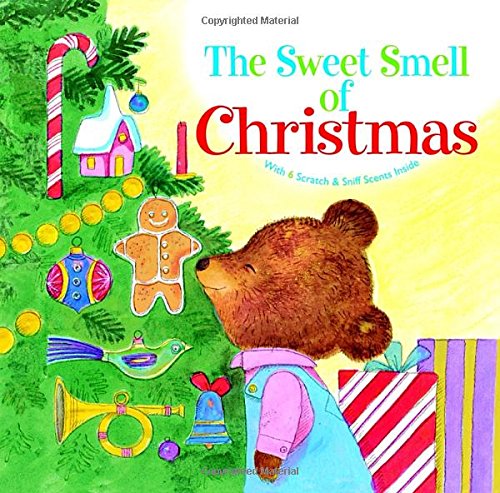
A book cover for The Sweet Smell of Christmas (Scented Storybook); Patricia M. Scarry; Children's Books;